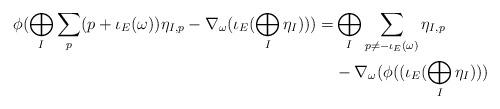
LaTeX: \begin{align*}\phi(\bigoplus_{I} \sum_{p} (p + \iota_{E}(\omega)) \eta_{I,p} - \nabla_{\omega}(\iota_{E}(\bigoplus_{I} \eta_{I}))) = & \bigoplus_{I} \sum_{p \neq -\iota_{E}(\omega)} \eta_{I,p} \\ &- \nabla_{\omega}(\phi((\iota_{E}(\bigoplus_{I} \eta_{I}))) \end{align*}